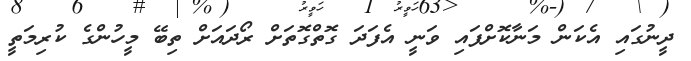
ދީނުގައި އެކަން މަނާކޮށްފައި ވަނީ އެފަދަ ގޮތްގޮތަށް ރޯދައަށް ތިބޭ މީހުންގެ ކުރިމަތީ